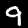
Digit: 9